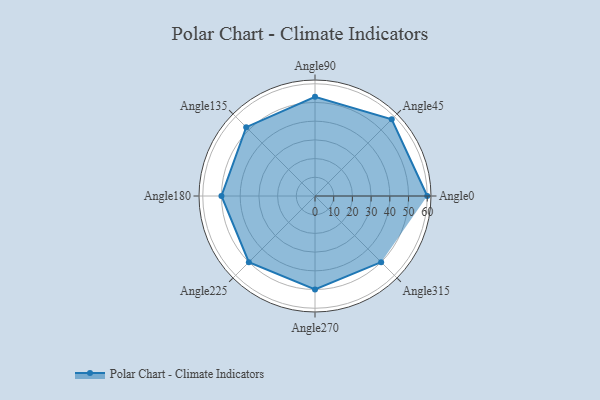
{"axis": {"x": "Angle", "y": "Radius"}, "legend": [""], "data": [{"x": "Angle0", "y": 60.0, "type": ""}, {"x": "Angle45", "y": 58.0, "type": ""}, {"x": "Angle90", "y": 53.0, "type": ""}, {"x": "Angle135", "y": 52.0, "type": ""}, {"x": "Angle180", "y": 50, "type": ""}, {"x": "Angle225", "y": 50, "type": ""}, {"x": "Angle270", "y": 50, "type": ""}, {"x": "Angle315", "y": 50, "type": ""}]}